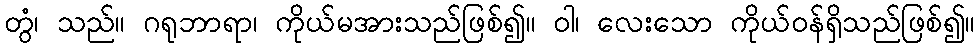
တွံ၊ သည်။ ဂရုဘာရာ၊ ကိုယ်မအားသည်ဖြစ်၍။ ဝါ၊ လေးသော ကိုယ်ဝန်ရှိသည်ဖြစ်၍။